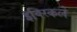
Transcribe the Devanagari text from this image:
इक्स्किले